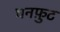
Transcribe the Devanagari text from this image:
घनफ़ुट